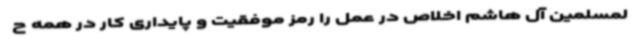
لمسلمین آل هاشم اخلاص در عمل را رمز موفقیت و پایداری کار در همه ح